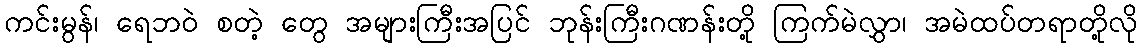
ကင်းမွန်၊ ရေဘဝဲ စတဲ့ တွေ အများကြီးအပြင် ဘုန်းကြီးဂဏန်းတို့ ကြက်မဲလွှာ၊ အမဲထပ်တရာတို့လို